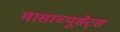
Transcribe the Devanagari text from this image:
मासाच्यूसेट्स